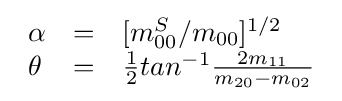
{\begin{array}{lll}\alpha &=&[m_{00}^{S}/m_{00}]^{1/2}\\\theta &=&{\frac {1}{2}}tan^{-1}{\frac {2m_{11}}{m_{20}-m_{02}}}\end{array}}